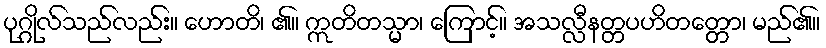
ပုဂ္ဂိုလ်သည်လည်း။ ဟောတိ၊ ၏။ ဣတိတသ္မာ၊ ကြောင့်။ အသလ္လီနတ္တပဟိတတ္တော၊ မည်၏။